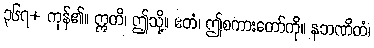
၃၆၇+ ကုန်၏။ ဣတိ၊ ဤသို့။ ဧတံ၊ ဤစကားတော်ကို။ နဘဏိတံ၊